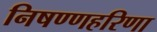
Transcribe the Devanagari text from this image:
निषण्णहरिणा